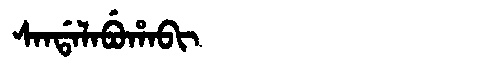
Manchu: ᠰᠠᠨᡩᠠᠯᠠᠪᡠᡥᠠᠪᡳ
Romanization: SANDALABUHABI